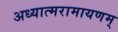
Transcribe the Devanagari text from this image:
अध्यात्मरामायणम्